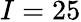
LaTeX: I=25